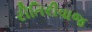
રીતિરીવાજ